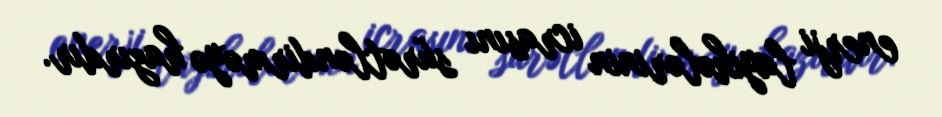
enerji layihələrinin icrasını sürətləndirməyə hazırdır.